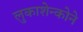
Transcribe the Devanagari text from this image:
लुकाशेन्कोने